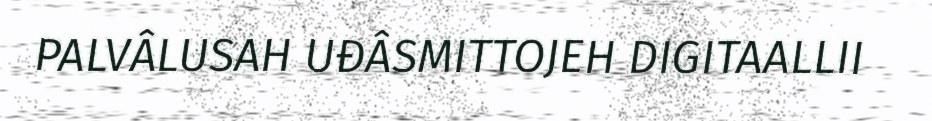
PALVÂLUSAH UĐÂSMITTOJEH DIGITAALLII